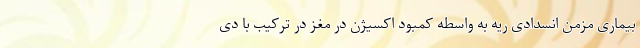
بیماری مزمن انسدادی ریه به واسطه کمبود اکسیژن در مغز در ترکیب با دی